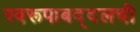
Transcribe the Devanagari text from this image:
स्वरूपाबद्दलची